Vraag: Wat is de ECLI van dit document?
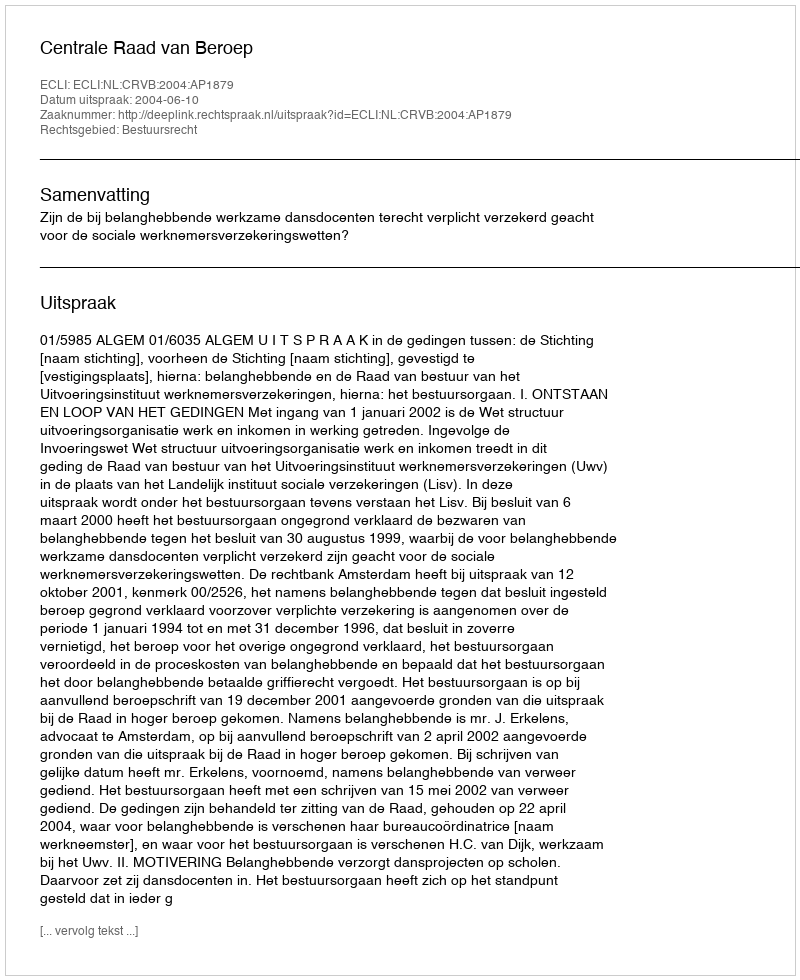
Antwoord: ECLI:NL:CRVB:2004:AP1879